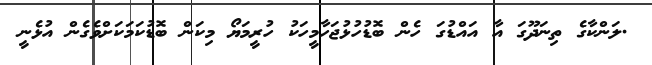
.ލަންކާގެ ތިނަދޫގަ އާ އައްޑުގަ ހެން ބޮޑުހުޅުޖަހާމީހަކު ހުރީމަޔޯ މިކަން ބޮޑުކަމަކަށްވެގެން އުޅެނީ